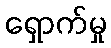
ရှောက်မှု